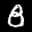
Label: 8